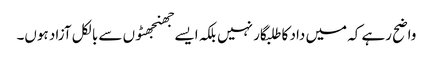
واضح رہے کہ میں داد کا طلبگار نہیں بلکہ ایسے جھنجھٹوں سے بالکل آزاد ہوں۔